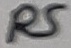
Text: R5